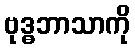
ဗုဒ္ဓဘာသာကို